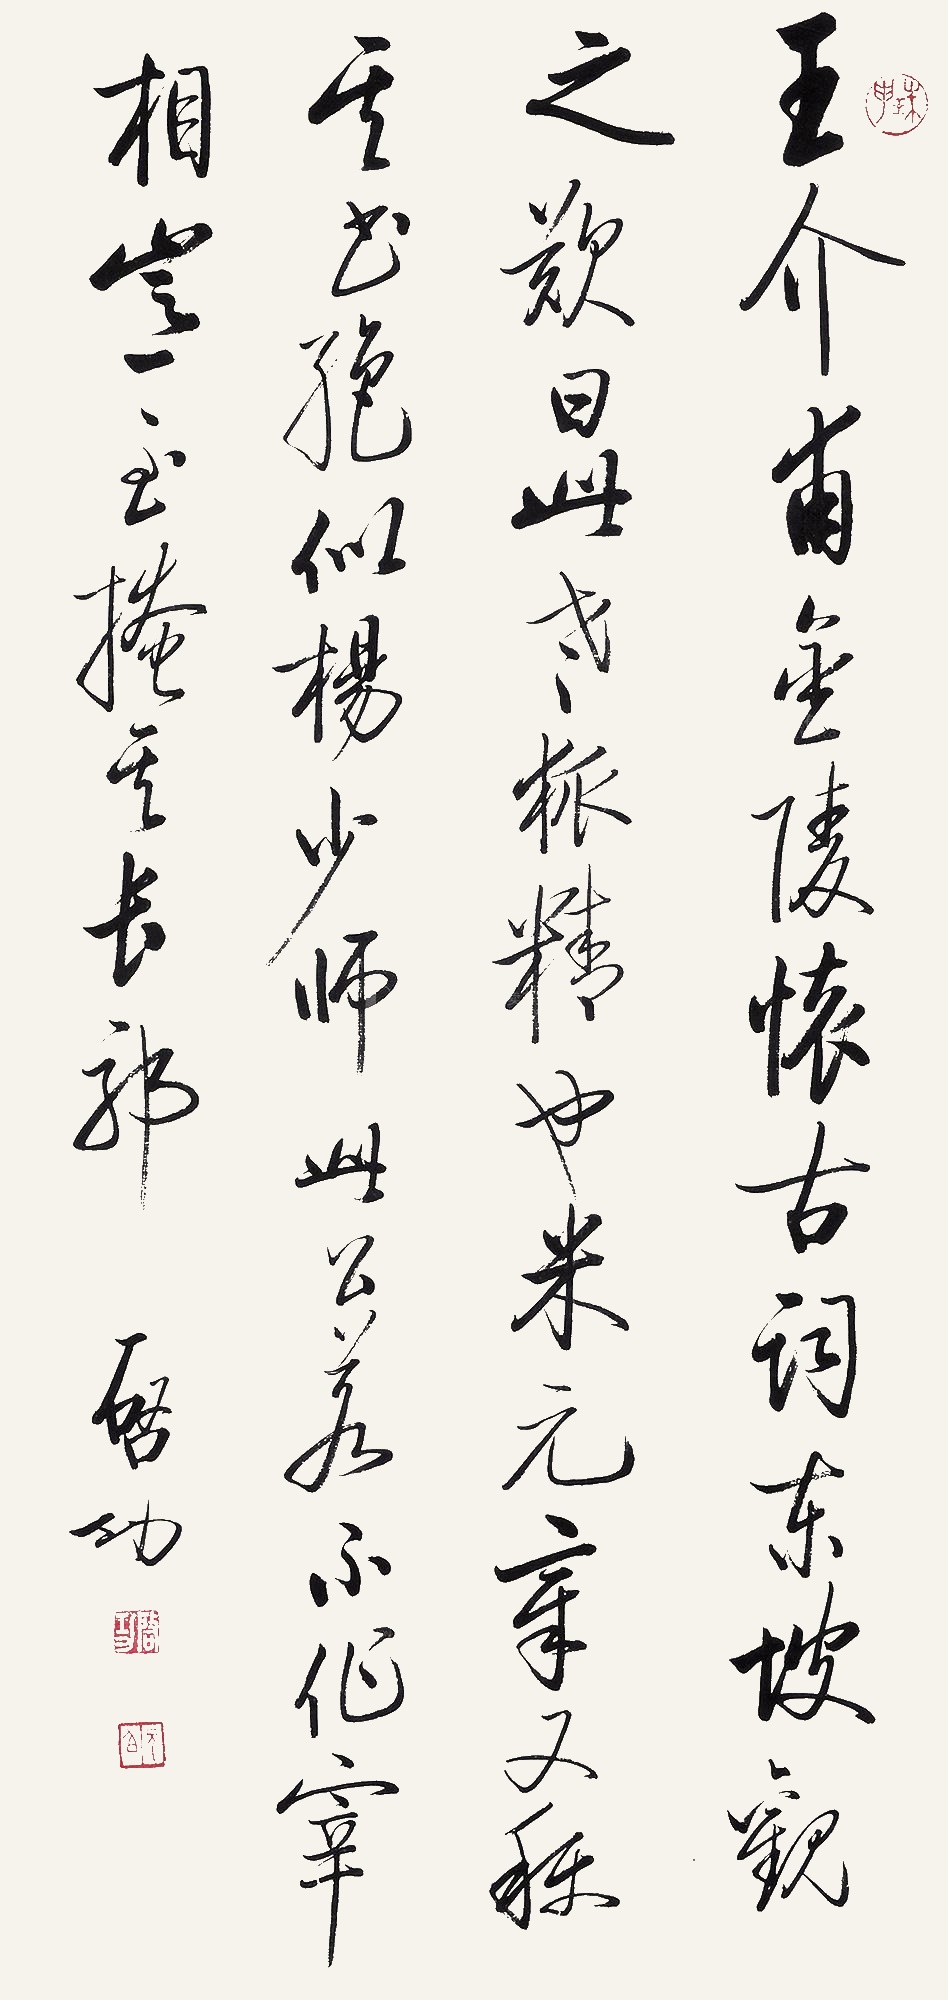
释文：王介甫《金陵怀古》词东坡观之叹曰：“此老狐精也。”米元章又称其书绝似杨少师。此公若不作宰相，岂至掩其长耶！启功。